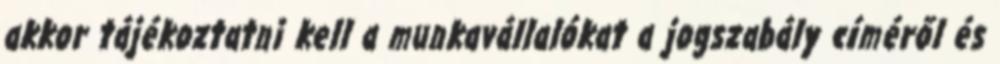
akkor tájékoztatni kell a munkavállalókat a jogszabály címéről és